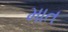
માત